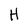
Character: H